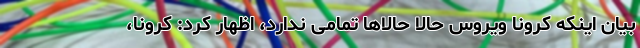
بیان اینکه کرونا ویروس حالا حالاها تمامی ندارد، اظهار کرد: کرونا،